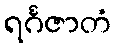
ရင်္ဂဇာတံ